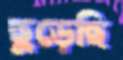
ছুড়েছি